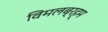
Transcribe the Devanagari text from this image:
विमलब्रह्म